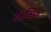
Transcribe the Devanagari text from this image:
रेजिस्टिव